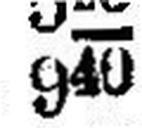
940